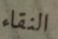
النقاء